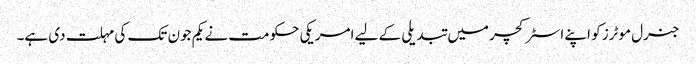
جنرل موٹرز کو اپنے اسٹرکچر میں تبدیلی کے لیے امریکی حکومت نے یکم جون تک کی مہلت دی ہے۔